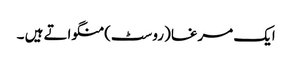
ایک مرغا (روسٹ) منگواتے ہیں ۔